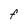
Character: F